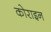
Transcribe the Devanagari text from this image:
कोराइन